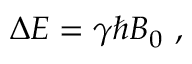
\Delta { E } = \gamma \hbar B _ { 0 } \ ,